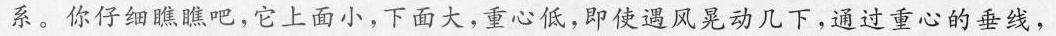
系。你仔细瞧瞧吧，它上面小，下面大，重心低，即使遇风晃动几下，通过重心的垂线，